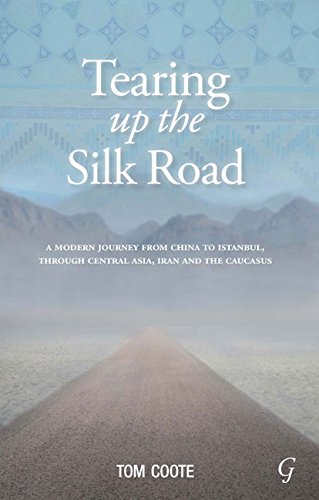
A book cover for Tearing up the Silk Road: A Modern Journey from China to Istanbul, through Central Asia, Iran and the Caucasus; Tom Coote; Travel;